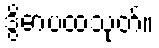
ဒွိဓာပထသုတ်။